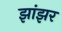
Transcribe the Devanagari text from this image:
झांझर